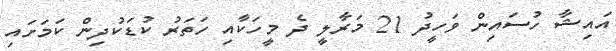
އައިޝާ ހުސައިން ވަހީދު 21 މަރާލީ ދެ މީހަކާއި ހަތަރު ކުޑަކުދިން ކަމަށައި